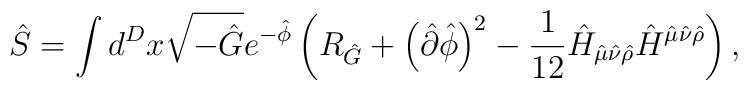
\hat{S}=\int d^{D}x\sqrt{-\hat{G}}e^{-\hat{\phi }}\left( R_{\hat{G}}+\left(\hat{\partial }\hat{\phi }\right) ^{2}-\frac{1}{ 12}\hat{H}_{\hat{\mu }\hat{\nu }\hat{\rho }}\hat{H}^{\hat{\mu }\hat{\nu }\hat{\rho }}\right) ,